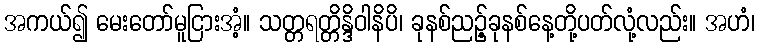
အကယ်၍ မေးတော်မူငြားအံ့။ သတ္တရတ္တိန္ဒိဝါနိပိ၊ ခုနစ်ညဉ့်ခုနစ်နေ့တို့ပတ်လုံ့လည်း။ အဟံ၊